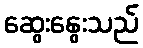
ဆွေးနွေးသည်